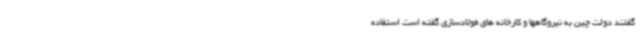
گفتند دولت چین به نیروگاهها و کارخانه های فولادسازی گفته است استفاده